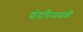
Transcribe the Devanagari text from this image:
गोडचिन्माळकी